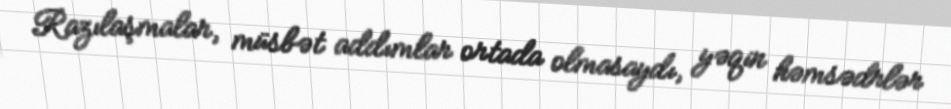
Razılaşmalar, müsbət addımlar ortada olmasaydı, yəqin həmsədrlər